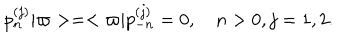
p _ { n } ^ { ( j ) } \vert \varpi > = < \varpi \vert p _ { - n } ^ { ( j ) } = 0 , \quad n > 0 , j = 1 , 2 .